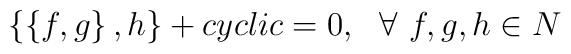
\left\{\left\{f,g\right\},h\right\}+cyclic=0,~~\forall~f,g,h\in N